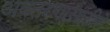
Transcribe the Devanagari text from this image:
अवतरणासाठीते